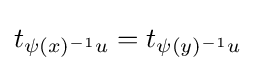
t_{\psi (x)^{-1}u}=t_{\psi (y)^{-1}u}